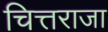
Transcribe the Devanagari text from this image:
चित्तराजा